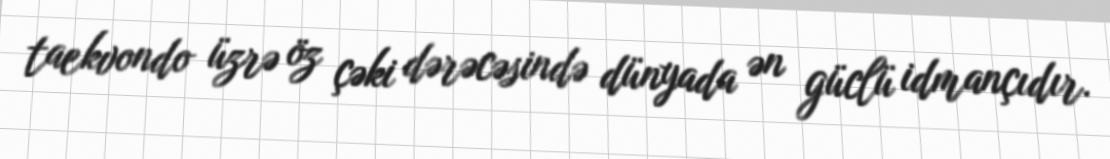
taekvondo üzrə öz çəki dərəcəsində dünyada ən güclü idmançıdır.